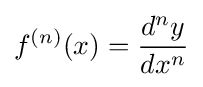
f^{(n)}(x)={\frac {d^{n}y}{dx^{n}}}